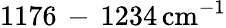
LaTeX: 1176\, -\, 1234\, \mathrm{cm}^{-1}